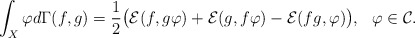
\begin{align*}\int_X\varphi d\Gamma(f,g)=\frac12\big(\mathcal{E}(f,g\varphi)+\mathcal{E}(g,f\varphi)-\mathcal{E}(fg,\varphi)\big), \ \ \varphi\in\mathcal{C}.\end{align*}